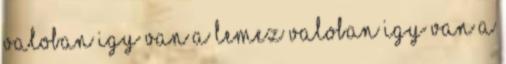
Valoban igy van a lemez Valoban igy van a